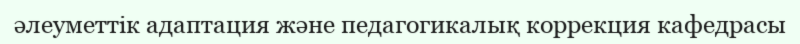
әлеуметтік адаптация және педагогикалық коррекция кафедрасы